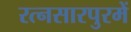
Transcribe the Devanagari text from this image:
रत्नसारपुरमें